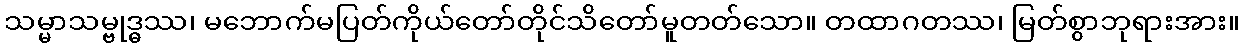
သမ္မာသမ္ဗုဒ္ဓဿ၊ မဘောက်မပြတ်ကိုယ်တော်တိုင်သိတော်မူတတ်သော။ တထာဂတဿ၊ မြတ်စွာဘုရားအား။